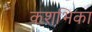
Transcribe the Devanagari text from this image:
कशभिका